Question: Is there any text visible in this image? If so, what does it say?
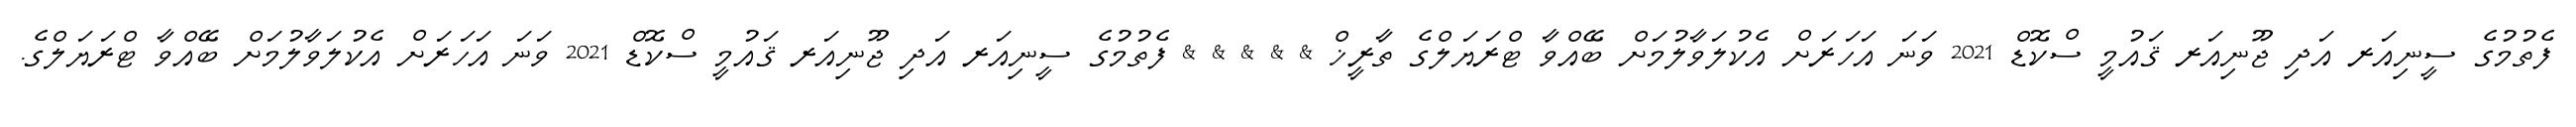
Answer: ފެތުމުގެ ސީނިއަރ އަދި ޖޫނިއަރ ޤައުމީ ސްކޮޑް 2021 ވަނަ އަހަރަށް އެކުލަވާލުމަށް ބޭއްވާ ޓްރަޔަލްގެ ތާރީޚް & & & & & ފެތުމުގެ ސީނިއަރ އަދި ޖޫނިއަރ ޤައުމީ ސްކޮޑް 2021 ވަނަ އަހަރަށް އެކުލަވާލުމަށް ބޭއްވާ ޓްރަޔަލްގެ.